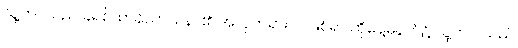
သူ့ဘဝသည် ခရစ်ယာန်သာသနာ၏ အလှတရားပင်ဖြစ်ရာ ထိုနေ့မနက်၌ သူ့ဘဝ သည်